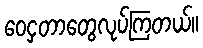
ဝေငှတာတွေလုပ်ကြတယ်။